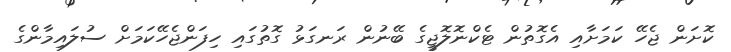
ކޮށަން ޖެހޭ ކަމަށާއި އެގޮތުން ޓެކްނޮލޮޖީގެ ބޭނުން ރަނގަޅު ގޮތުގައި ހިފަންޖެހޭކަމަށް ސުލައިމާންގެ